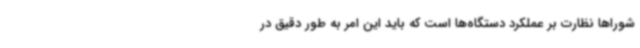
شوراها نظارت بر عملکرد دستگاه‌ها است که باید این امر به طور دقیق در